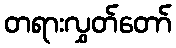
တရားလွှတ်တော်